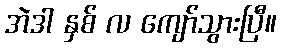
အဲဒါ နှစ် လ ကျော်သွားပြီ။